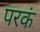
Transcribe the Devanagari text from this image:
परकं